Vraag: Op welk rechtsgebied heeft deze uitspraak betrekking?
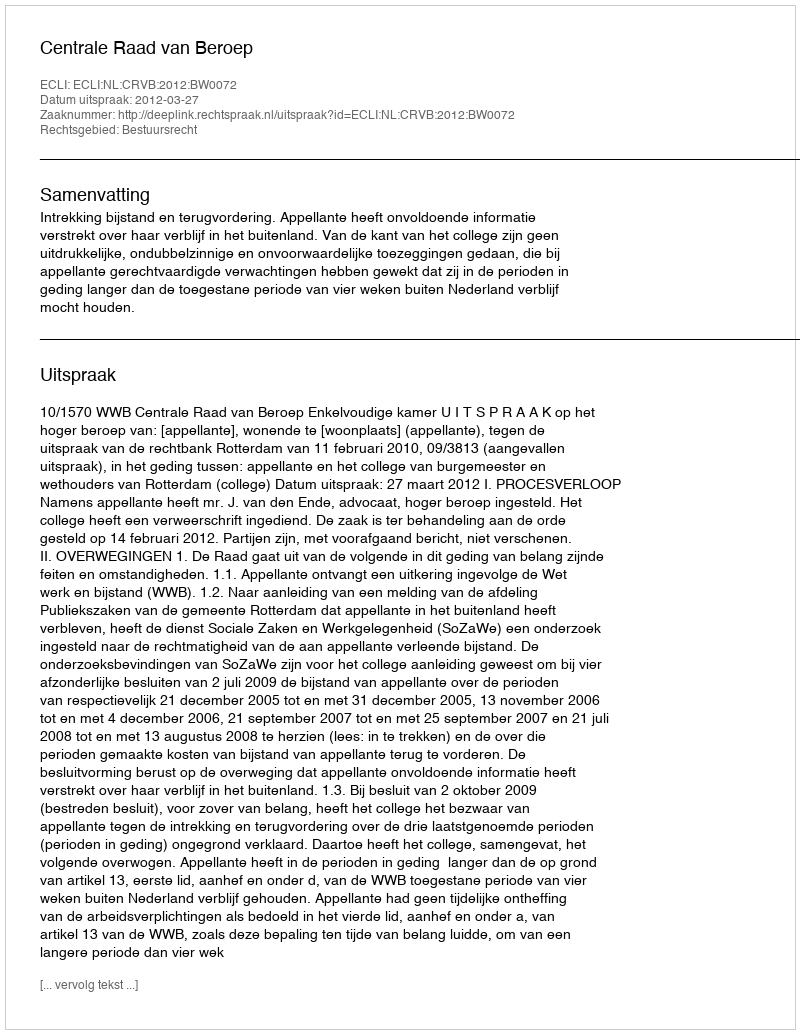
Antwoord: Bestuursrecht